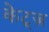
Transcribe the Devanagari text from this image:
केट्ज़